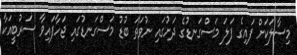
މިސާލަކަށް ފައިގެ ފަލަ މަސްގަނޑުގެ ދަށުގައި ނުވަތަ ބުޑު މަސްގަނޑުގައި ޖަހާފައިވާ ސަރުބީއަކާ